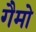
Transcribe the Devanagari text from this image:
गैमो